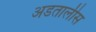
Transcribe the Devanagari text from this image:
अडतालीस